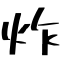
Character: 炸